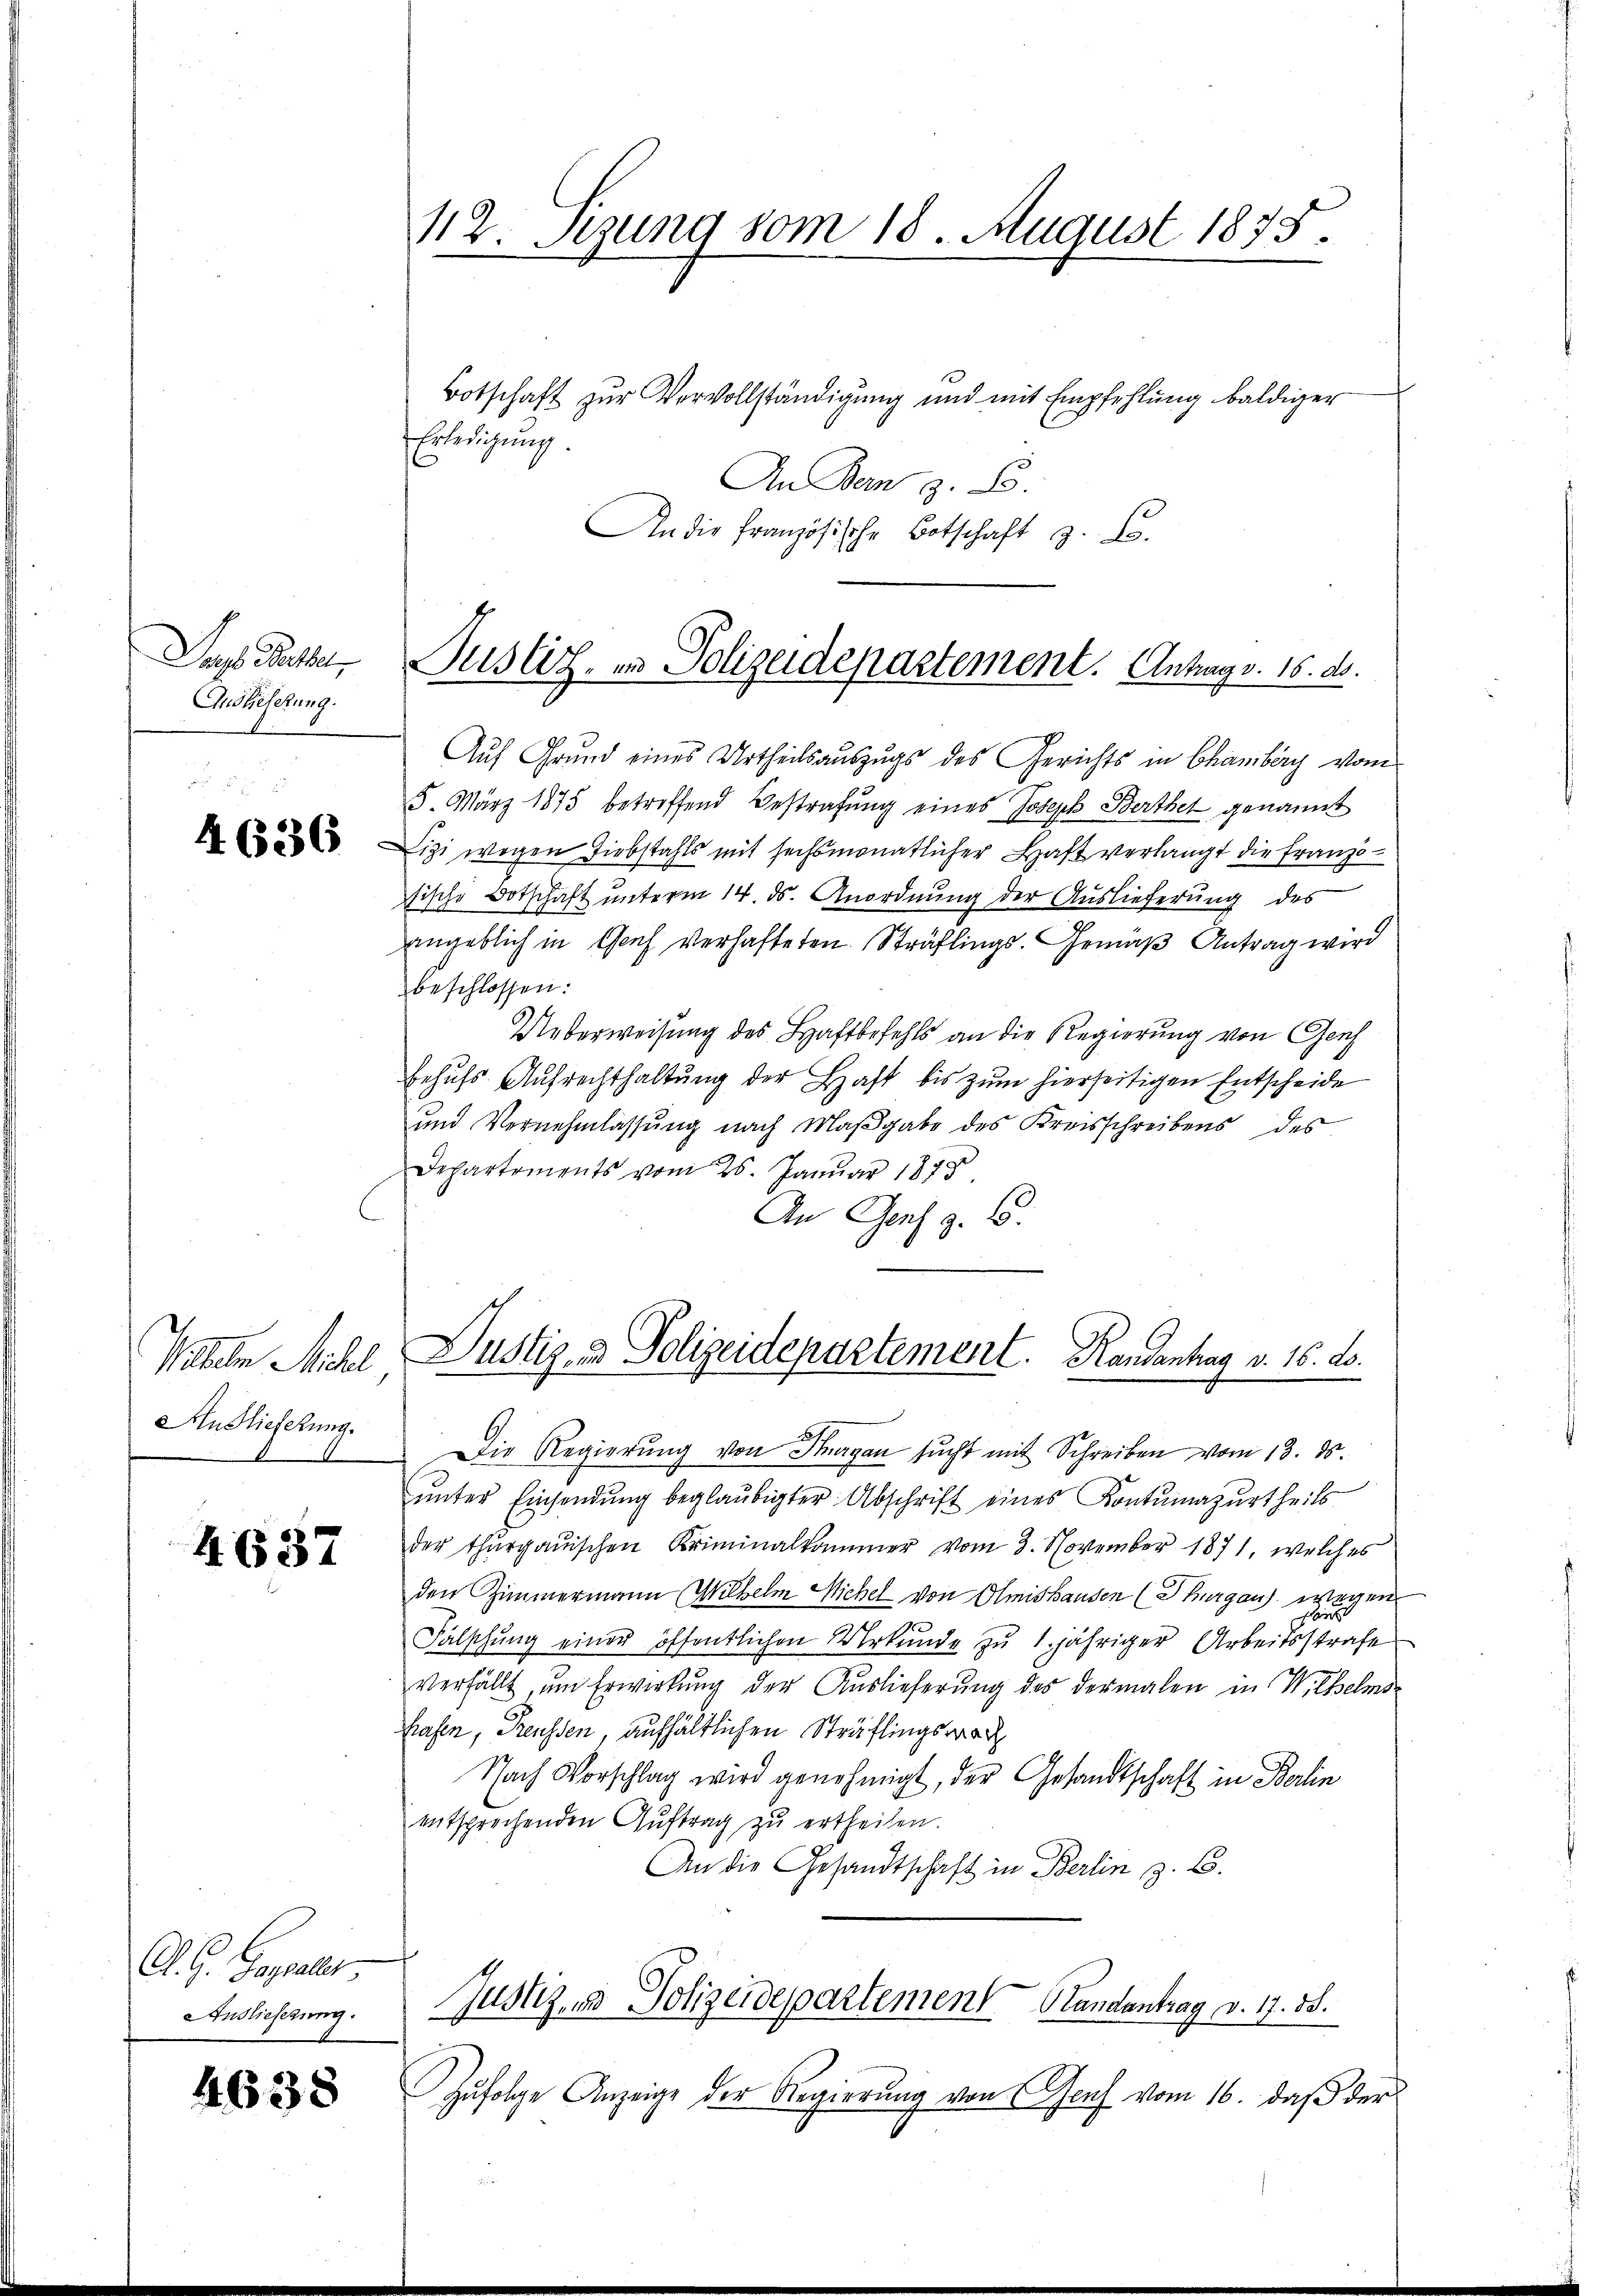
Pag. Rathe,
Auslieferung.

4636

Paten Michl
Auslieferung.

4637

A. G. Sappeler.
Auslieferung.

4638

Auf Grund eines Urtheilsauszugs des Gerichts in Chamberg vom
5. März 1875 betreffend Bestrafung eines Joseph Berthet genannt
izi wegen Diebstahls mit sechsmonatlicher Haft verlangt die Franzöische Botschaft unterm 14. ds. Anordnung der Auslieferung des
ingeblich in Genf verhafteten Sträflings-Gemäß Antrag wird
beschlossen:
Ueberweisung des Haftbefehls an die Regierung von Genf
behŭfs Aŭfrechthaltŭng der Haft bis zŭm hierseitigen Entscheide
und Vernehmlassung nach Maßgabe des Kreisschreibens des
Departements vom 25. Januar 1878
An Genf z. B.

Botschaft zur Vervollständigung und mit Empfehlung baldiger
Erledigung.
An Ban z. B.
An die Französische Botschaft z. B.

112. Sezung vom 18. August 1875.

Justiz, in Polizeidepartement. Antrag v. 16. d.

ŭnter Einsendŭng beglaubigter Abschrift eines Kontumazŭrtheils
der thurgauischen Kriminalkammer vom 3. November 1871, welches
den Zimmermann Wilhelm Michel von Olmishausen (Thurgau) wegen
Fälschung einer öffentlichen Urkunde zu 1. jähriger Arbeitsstrafe
verfällt, um Erwirkung der Auslieferung des dermalen in Wilhelms
hrasen, Preussen, aufhältlichen Sträflings war
Nach Vorschlag wird genehmigt, der Gesandtschaft in Berlin
entsprechenden Auftrag zu ertheilen.
An die Gesandtschaft in Berlin z. B.
Justiz- & Polizeidepartement Randantrag v. 17. 55.
Zufolge Anzeige der Regierung von (Genf vom 16. daß der

Justiz- & Polizeidepartement. Randantrag v. 16. ds.
Die Regierŭng von Stagan sucht mit Schreiben vom 13. ds.